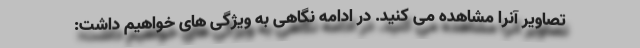
تصاویر آنرا مشاهده می کنید. در ادامه نگاهی به ویژگی های خواهیم داشت: